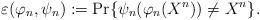
LaTeX: \begin{align*}\varepsilon(\varphi_n, \psi_n) := \Pr \{ \psi_n (\varphi_n(X^n)) \neq X^n\}. \end{align*}